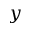
y